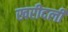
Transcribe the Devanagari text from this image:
खरीदली